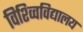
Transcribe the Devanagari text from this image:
विश्व्विविद्यालय